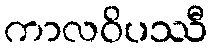
ကာလဝိပဿီ